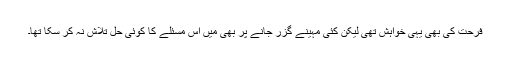
فرحت کی بھی یہی خواہش تھی لیکن کئی مہینے گزر جانے پر بھی میں اس مسئلے کا کوئی حل تلاش نہ کر سکا تھا۔